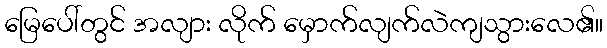
မြေပေါ်တွင် အလျား လိုက် မှောက်လျက်လဲကျသွားလေ၏။